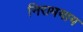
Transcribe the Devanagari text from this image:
निरामयाय